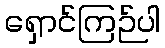
ရှောင်ကြဉ်ပါ